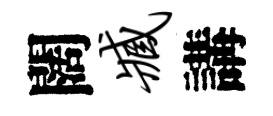
闊臧講